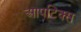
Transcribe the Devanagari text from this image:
आपटिक्स